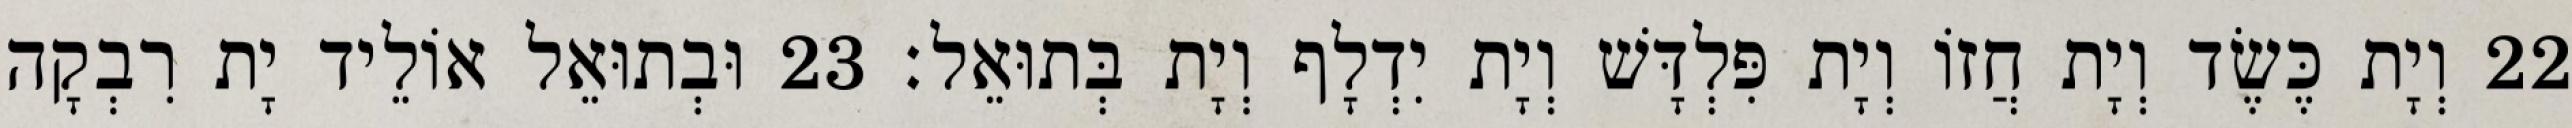
22 וְיָת כֶּשֶׂד וְיָת חֲזוֹ וְיָת פִּלְדָּשׁ וְיָת יִדְלָף וְיָת בְּתוּאֵל׃ 23 וּבְתוּאֵל אוֹלֵיד יָת רִבְקָה